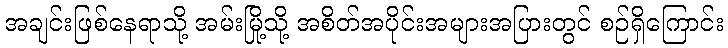
အချင်းဖြစ်နေရာသို့ အမ်းမြို့သို့ အစိတ်အပိုင်းအများအပြားတွင် စဉ်ရှိကြောင်း